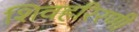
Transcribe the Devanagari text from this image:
शिवहरिरणी